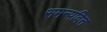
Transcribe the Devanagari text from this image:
समन्यवित